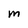
Character: M